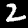
Label: 2